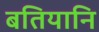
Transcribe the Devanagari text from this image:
बतियानि